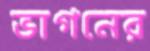
ভাগনের